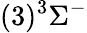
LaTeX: (3)^{3}\Sigma^{-}